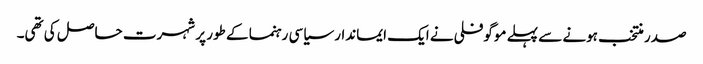
صدر منتخب ہونے سے پہلے موگوفلی نے ایک ایماندار سیاسی رہنما کے طور پر شہرت حاصل کی تھی۔